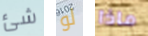
شئ لو ماذا